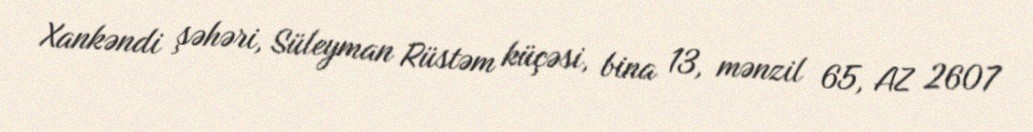
Xankəndi şəhəri, Süleyman Rüstəm küçəsi, bina 13, mənzil 65, AZ 2607